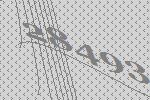
28493